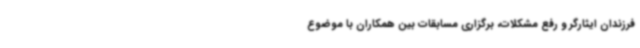
فرزندان ایثارگر و رفع مشکلات، برگزاری مسابقات بین همکاران با موضوع